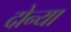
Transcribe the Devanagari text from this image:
दोन्या